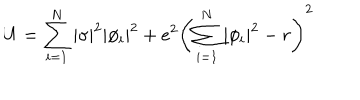
U = \sum _ { i = 1 } ^ { N } | \sigma | ^ { 2 } | \phi _ { i } | ^ { 2 } + e ^ { 2 } \left( \sum _ { i = 1 } ^ { N } | \phi _ { i } | ^ { 2 } - r \right) ^ { 2 }